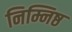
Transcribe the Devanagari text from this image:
निम्निष्ठ